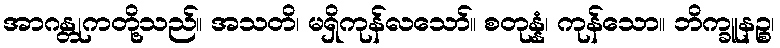
အာဂန္တုကတို့သည်။ အသတိ၊ မရှိကုန်လသော်။ စတုန္နံ၊ ကုန်သော။ ဘိက္ခူနဉ္စ၊